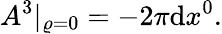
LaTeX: A^{3}|_{\varrho=0}=-2\pi\mathrm{d}x^{0}.